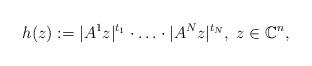
LaTeX: \begin{align*}h(z):=|A^1 z|^{t_1}\cdot\ldots\cdot|A^N z|^{t_N},\; z\in\mathbb C^n,\end{align*}